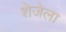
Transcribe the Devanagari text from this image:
शेजेला